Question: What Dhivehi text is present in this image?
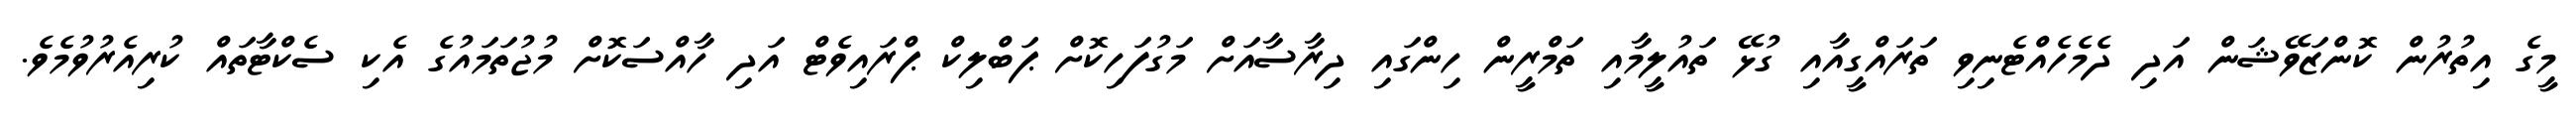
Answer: މީގެ އިތުރުން ކޮންޒަވޭޝަން އަދި ދެމެހެއްޓެނިވި ތަރައްގީއާއި ގުޅޭ ތައުލީމާއި ތަމްރީން ހިންގައި ދިރާސާއަށް މަގުފަހިކޮށް ޕަބްލިކް ޕްރައިވެޓް އަދި ހާއްސަކޮށް މުޖުތަމައުގެ އެކި ސެކްޓާތައް ކުރިއެރުވުމެވެ.